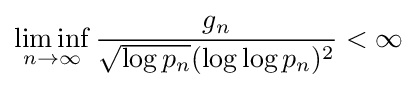
\liminf _{n\to \infty }{\frac {g_{n}}{{\sqrt {\log p_{n}}}(\log \log p_{n})^{2}}}<\infty